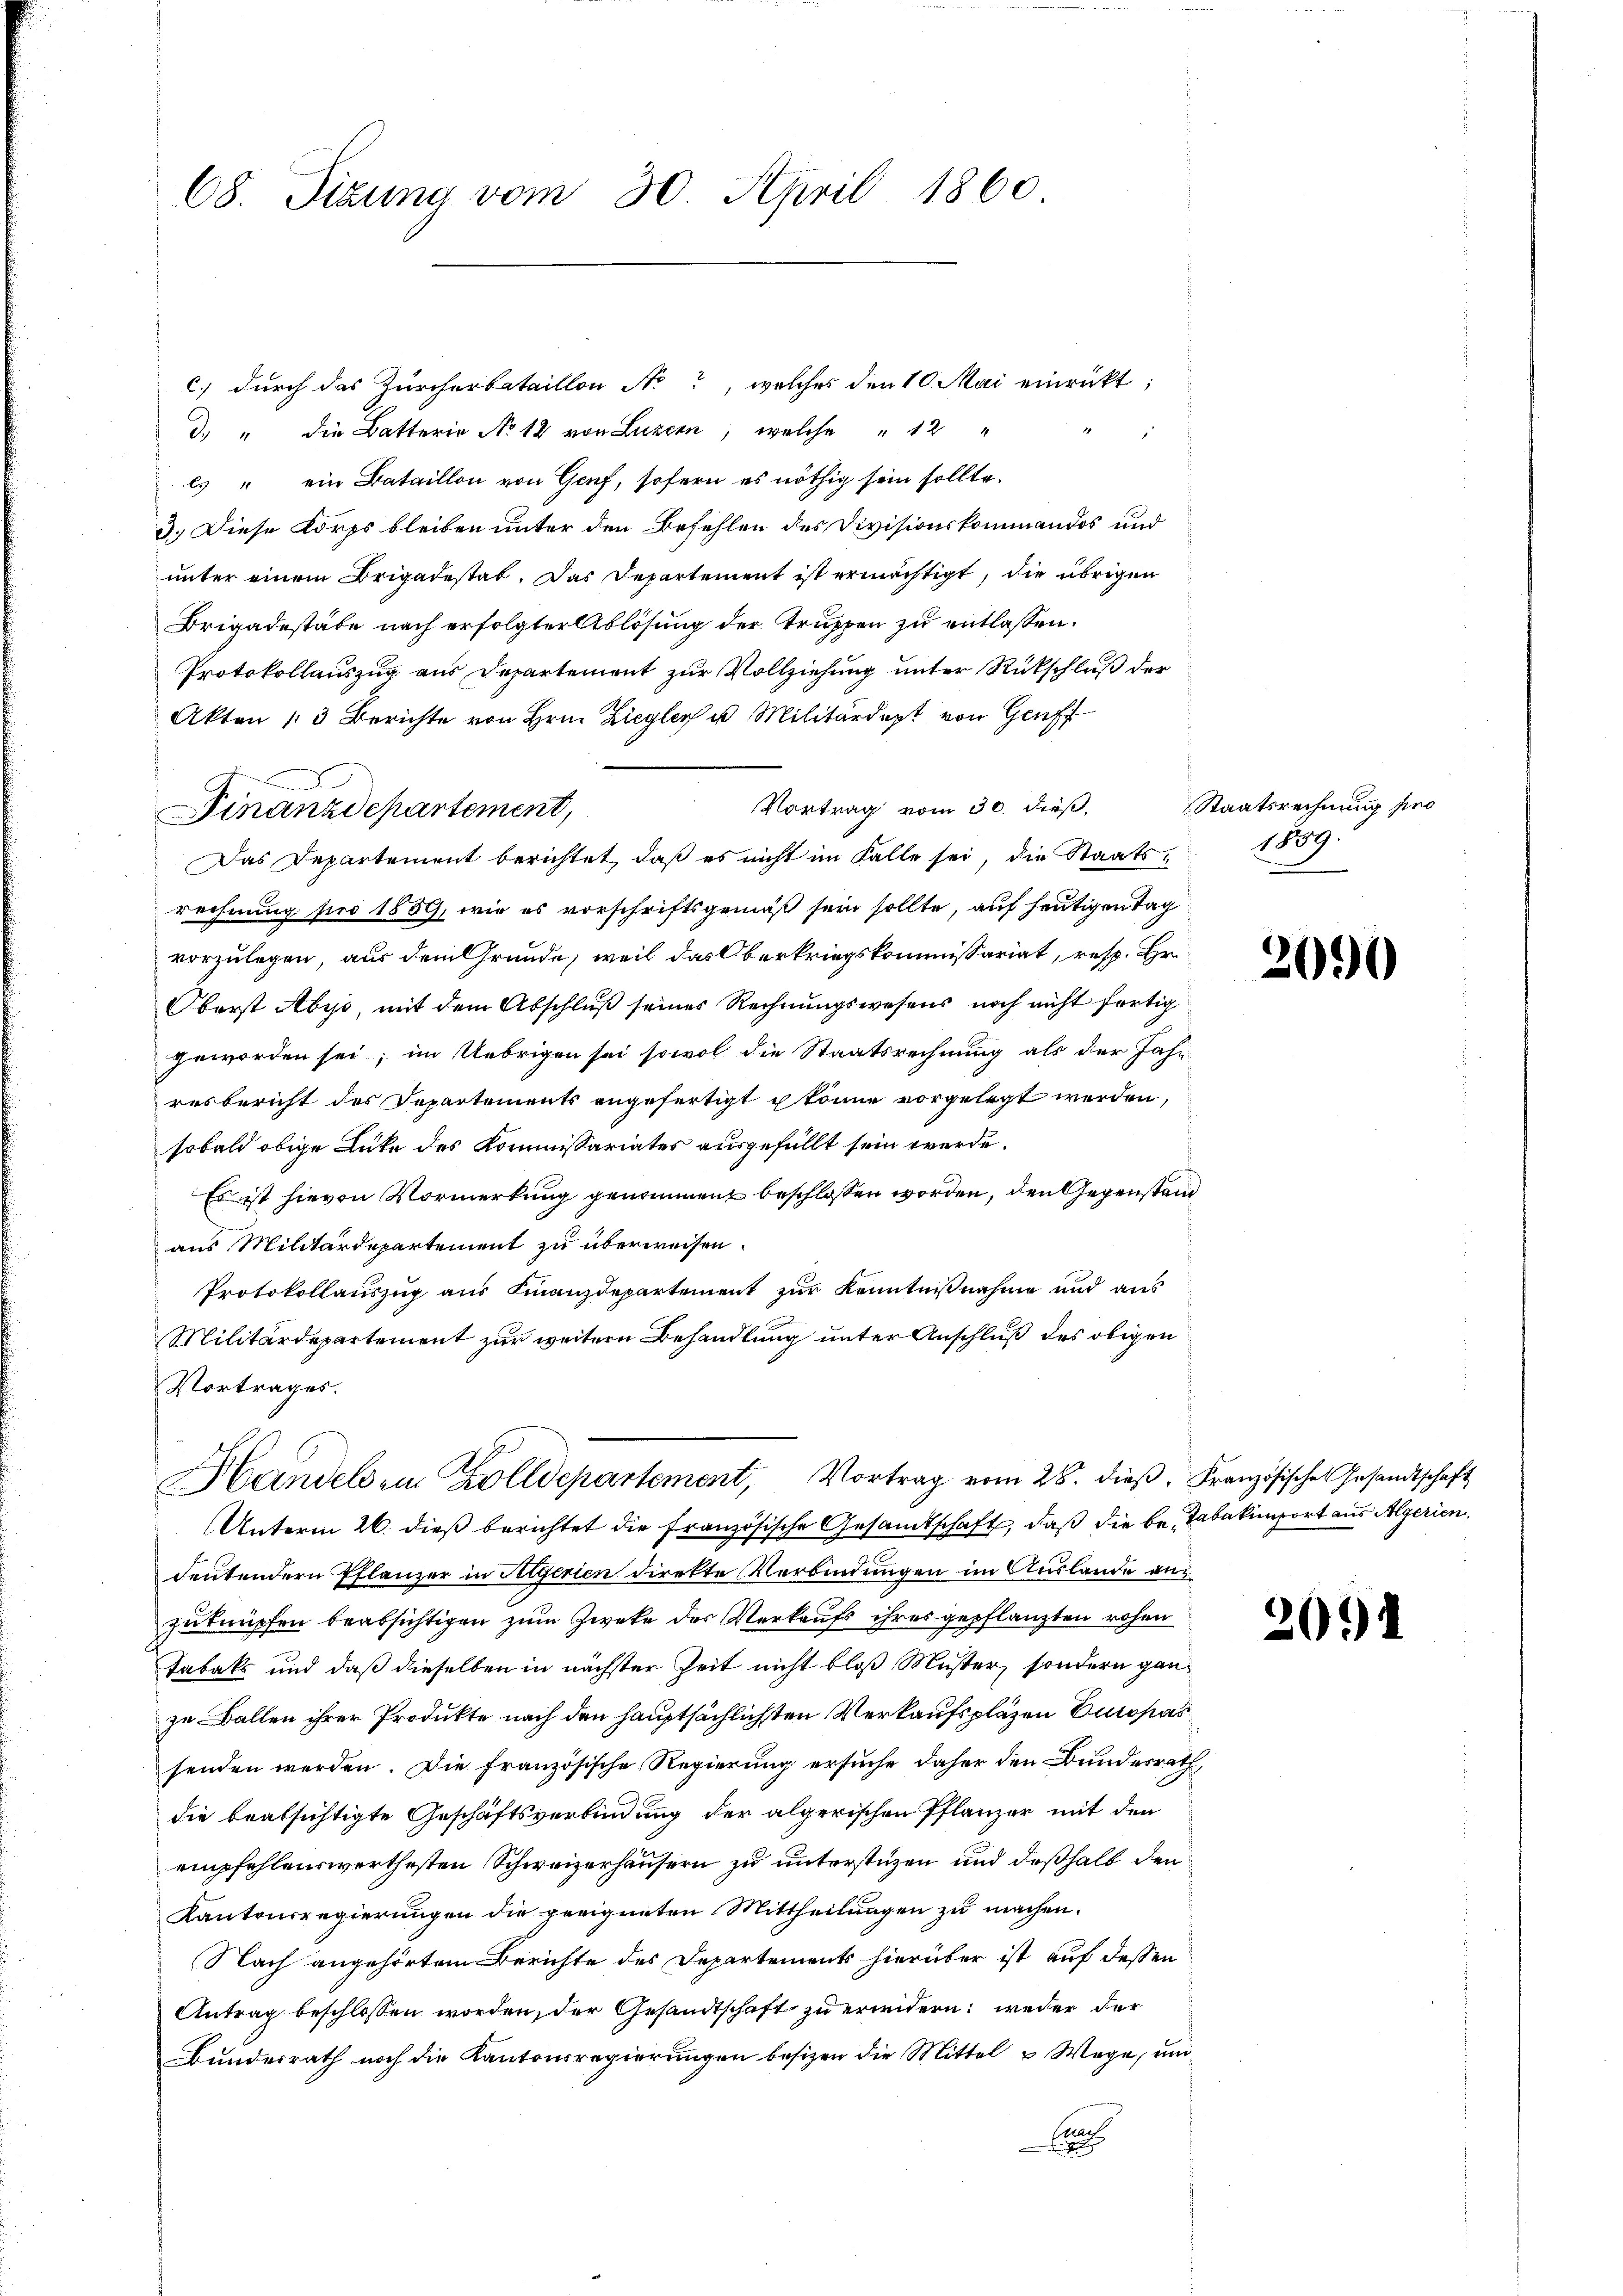
68. Sizung vom 30. April 1860

Finanzdepartement,

c.) durch das Zürcherbataillon Not, welches den 10. Mai einrückt;
d. " die Batterie No 12 von Luzern, welche " 12 "
2
ls " ein Bataillon von Genf, sofern es nöthig sein sollte.
3.) Diese Korps bleiben unter den Befehlen des Divisionskommandos und
unter einem Brigadestat. Das Departement ist ermächtigt, die übrigen
Brigadestäte nach erfolgter Ablösung der Truppen zu entlassen.
Protokollauszug aus Departement zur Vollziehung unter Rückschluß der
Akten 13 Berichte von Hrn. Ziegler u. Militärdept von Genf
Vortrag vom 30. dieβ, Staatsrechnung pro
Das Departement berichtet, daß es nicht im Falle sei, die Staatsrechnung pro 1859, wie es vorschriftsgemäß sein sollte, auf heutigen Tag
vorzulegen, aus dem Grunde, weil das Oberkriegskommissariat, resp. Hr.
Oberst Abys, mit dem Abschluß seines Rechnungswesens noch nicht fertig
geworden sei; im Uebrigen sei sowol die Staatsrechnung als der Jahr
resbericht des Departements angefertigt könne vorgelegt werden,
sobald obige Lücke des Kommissariates ausgefüllt sein werde.
Es ist hievon Vormerkung genomment beschlossen worden, den Gegenstand
aus Militärdepartement zu überweisen.
Protokollauszug aus Finanzdepartement zur Kenntnißnahme und aus
Militärdepartement zur weitern Behandlung unter Anschluß des obigen
Vortrages.
Handels ein Zolldepartement, Vortrag vom 28. dieβ. Französische Gesandtschaft
Unterm 26. dieß berichtet die französische Gesandtschaft, daß die be- Tabakimport aus Algerien.
deutendern Pflanzer in Siegerien direkte Verbindungen im Auslande anzuknüpfen beabsichtigen zum Zweke des Verkaufs ihres gepflanzten rohen
Tabaks und daß dieselben in nächster Zeit nicht bloß Muster, sondern ganzu Ballen ihrer Produkte nach den hauptsächlichsten Verkaufspläzen Europas
senden werden. Die französische Regierung ersuche daher den Bundesrath,
die beabsichtigte Geschäftsverbindung der algerischen Pflanzer mit den
empfehlenswerthesten Schweizerhäusern zu unterstüzen und deßhalb den
Kantonsregierungen die geeigneten Mittheilungen zu machen.
Nach angehörtem Berichte des Departements hierüber ist auf dessen
Antrag beschlossen worden, der Gesandtschaft zu erwidern; weder der
Bundesrath noch die Kantonsregierungen besizen die Mittel u Wege, und
An
E

1859.

2090

20.)